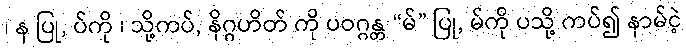
၊ န ပြု, ပ်ကို ၊ သို့ကပ်, နိဂ္ဂဟိတ် ကို ပဝဂ္ဂန္တ “မ်” ပြု, မ်ကို ပသို့ ကပ်၍ နာမ်ငဲ့